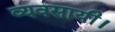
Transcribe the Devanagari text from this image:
व्यवसायी।